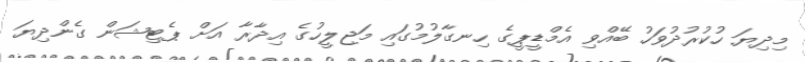
މިދިޔަ ހުކުރުދުވަހު ބޭއްވި އެމްޑީޕީގެ ހިނގާލުމުގައި މަޖިލީހުގެ އިދާރާ އަށް ޕެޓިޝަން ގެންދިޔަ